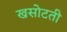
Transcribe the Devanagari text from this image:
खसोटती